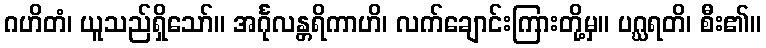
ဂဟိတံ၊ ယူသည်ရှိသော်။ အင်္ဂုလန္တရိကာဟိ၊ လက်ချောင်းကြားတို့မှ။ ပဂ္ဃရတိ၊ စီး၏။